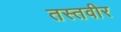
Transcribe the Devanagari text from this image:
तस्तवीर